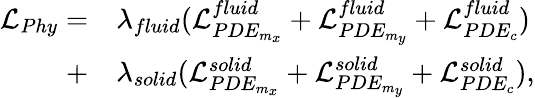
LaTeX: \begin{array}{rl}{\mathcal{L}_{Phy}=}&{\lambda_{fluid}(\mathcal{L}_{PDE_{m_{x}}}^{fluid}+\mathcal{L}_{PDE_{m_{y}}}^{fluid}+\mathcal{L}_{PDE_{c}}^{fluid})}\\ {+}&{\lambda_{solid}(\mathcal{L}_{PDE_{m_{x}}}^{solid}+\mathcal{L}_{PDE_{m_{y}}}^{solid}+\mathcal{L}_{PDE_{c}}^{solid}),}\end{array}